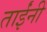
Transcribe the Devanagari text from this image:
ताईंनी